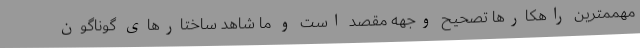
مهممترین راهکارها تصحیح وجهه مقصد است و ما شاهد ساختارهای گوناگون